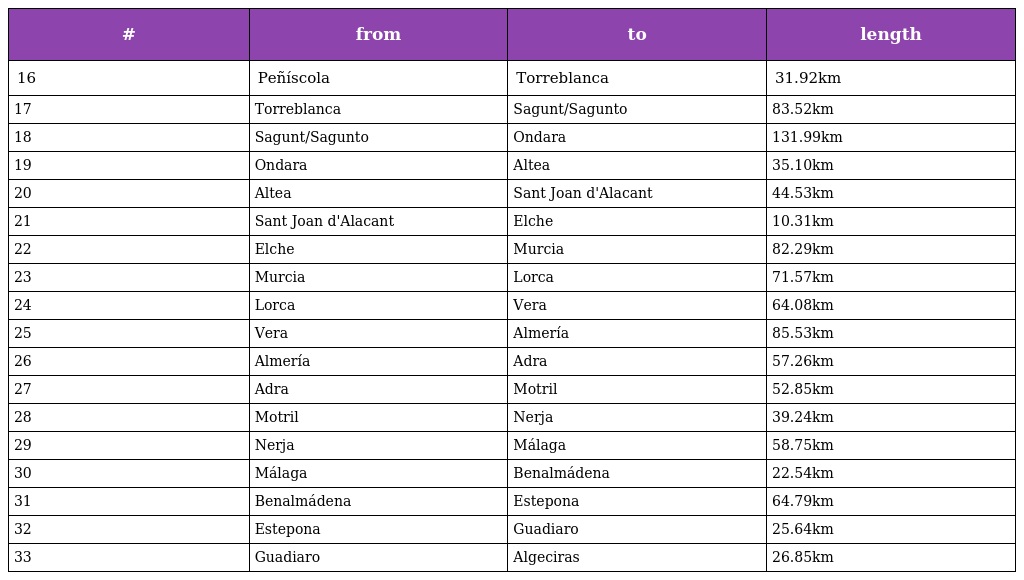
| # | from | to | length |
 | --- | --- | --- | --- |
 | 16 | Peñíscola | Torreblanca | 31.92km |
 | 17 | Torreblanca | Sagunt/Sagunto | 83.52km |
 | 18 | Sagunt/Sagunto | Ondara | 131.99km |
 | 19 | Ondara | Altea | 35.10km |
 | 20 | Altea | Sant Joan d'Alacant | 44.53km |
 | 21 | Sant Joan d'Alacant | Elche | 10.31km |
 | 22 | Elche | Murcia | 82.29km |
 | 23 | Murcia | Lorca | 71.57km |
 | 24 | Lorca | Vera | 64.08km |
 | 25 | Vera | Almería | 85.53km |
 | 26 | Almería | Adra | 57.26km |
 | 27 | Adra | Motril | 52.85km |
 | 28 | Motril | Nerja | 39.24km |
 | 29 | Nerja | Málaga | 58.75km |
 | 30 | Málaga | Benalmádena | 22.54km |
 | 31 | Benalmádena | Estepona | 64.79km |
 | 32 | Estepona | Guadiaro | 25.64km |
 | 33 | Guadiaro | Algeciras | 26.85km |